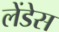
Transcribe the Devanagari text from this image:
लेंडेस